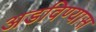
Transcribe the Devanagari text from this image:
अडविण्यास